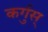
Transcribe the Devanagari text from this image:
कर्गुस्